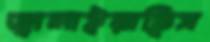
জ্বালাইয়াছিস